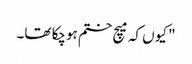
" کیوں کہ میچ ختم ہوچکا تھا۔